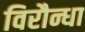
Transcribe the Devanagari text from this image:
विरौन्धा